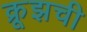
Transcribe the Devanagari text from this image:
क्रूझची